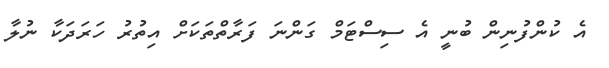
އެ ކުންފުނިން ބުނީ އެ ސިސްޓަމް ގަންނަ ފަރާތްތަކަށް އިތުުރު ހަރަދަކާ ނުލާ